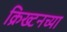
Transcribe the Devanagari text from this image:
क्रिख्टनच्या